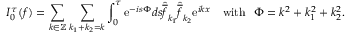
I _ { 0 } ^ { \tau } ( f ) = \sum _ { k \in \mathbb { Z } } \sum _ { k _ { 1 } + k _ { 2 } = k } \int _ { 0 } ^ { \tau } \mathrm { e } ^ { - i s \Phi } d s \widehat { \overline { { f } } } _ { k _ { 1 } } \widehat { \overline { { f } } } _ { k _ { 2 } } \mathrm { e } ^ { i k x } \quad \mathrm { w i t h } \ \ \Phi = k ^ { 2 } + k _ { 1 } ^ { 2 } + k _ { 2 } ^ { 2 } .